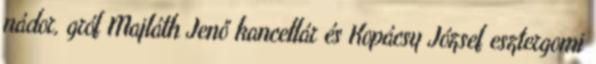
nádor, gróf Majláth Jenő kancellár és Kopácsy József esztergomi